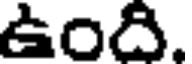
ఉంది.